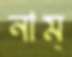
নাম্‌